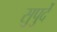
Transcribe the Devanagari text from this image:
सुपुर्दे